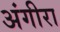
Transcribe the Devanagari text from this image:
अंगीरा